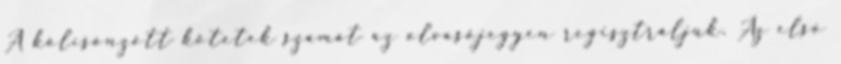
A kölcsönzött kötetek számát az olvasójegyen regisztráljuk. Az elsô